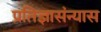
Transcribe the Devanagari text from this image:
प्रतिज्ञासंन्यास